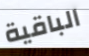
الباقية